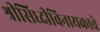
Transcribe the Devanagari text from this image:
श्रीसिध्दीविनायकाचे